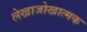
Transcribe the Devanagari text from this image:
लेखाजोखात्मक